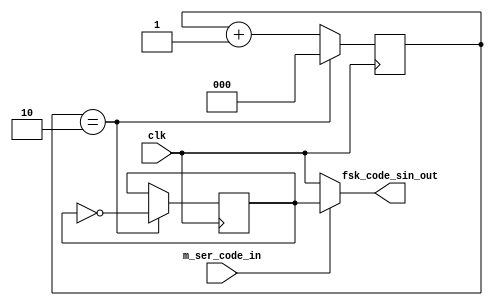
module fsk_code(clk,m_ser_code_in,fsk_code_sin_out);
  input clk;
  input m_ser_code_in;
  output fsk_code_sin_out;
  wire clk;
  wire m_ser_code_in;
  reg[2:0]cnt=3'b000;
  wire f1;
  reg f2=1'b1;
  always@(posedge clk)
  begin
    if(cnt==3'b010)
      begin
        cnt<=3'd0;
        f2<=~f2;
      end
    else
      cnt<=cnt+1'b1;
  end
  assign f1=clk;
  assign fsk_code_sin_out=(m_ser_code_in)? f2:f1;
endmodule